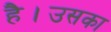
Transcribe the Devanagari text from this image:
है।उसका